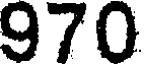
970